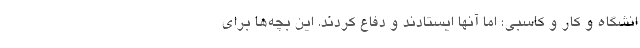
انشگاه و کار و کاسبی؛ اما آنها ایستادند و دفاع کردند. این بچه‌ها برای